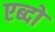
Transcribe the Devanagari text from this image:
एब्दो